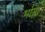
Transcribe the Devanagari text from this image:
भोता